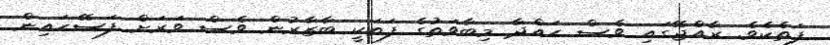
ފަތެކެވެ. ރާއްޖޭގައި ވެސް ހައްދާ މިބާވަތުގެ ފަތަކީ ބާޒާރުން ވެސް ވަރަށް ފަސޭހައިން